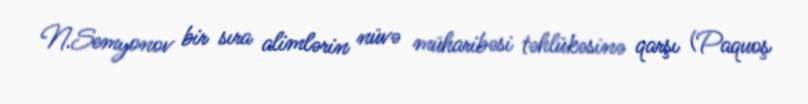
N.Semyonov bir sıra alimlərin nüvə müharibəsi təhlükəsinə qarşı (Paquoş